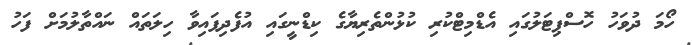
ހޯމަ ދުވަހު ހޮސްޕިޓަލުގައި އެޑްމިޓްކުރި ކުޅުންތެރިޔާގެ ކިޑްނީގައި އުފެދިފައިވާ ހިލަތައް ނައްތާލުމަށް ފަހު